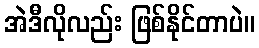
အဲဒီလိုလည်း ဖြစ်နိုင်တာပဲ။